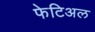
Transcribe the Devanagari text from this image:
फेटिअल